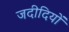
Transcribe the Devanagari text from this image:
जदीदियों